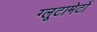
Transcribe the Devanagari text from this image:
ग्लूटामेटों